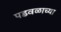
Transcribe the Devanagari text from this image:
पडवळाच्या